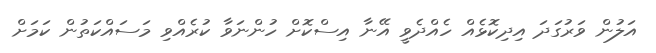
އަލުން ވަރުގަދަ އިދިކޮޅެއް ހެއްދެވީ އޭނާ އިސްކޮށް ހުންނަވާ ކުރެއްވި މަސައްކަތުން ކަމަށް